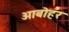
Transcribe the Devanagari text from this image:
आबोहर